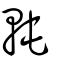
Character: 軘